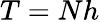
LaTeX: T=Nh